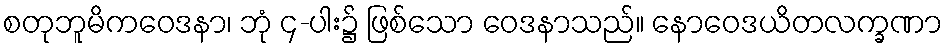
စတုဘူမိကဝေဒနာ၊ ဘုံ ၄-ပါး၌ ဖြစ်သော ဝေဒနာသည်။ နောဝေဒယိတလက္ခဏာ